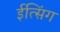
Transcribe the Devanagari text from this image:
ईत्सिंग